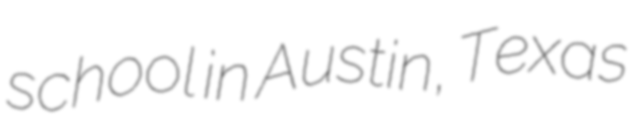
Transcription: school in Austin, Texas